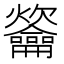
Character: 䶴